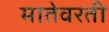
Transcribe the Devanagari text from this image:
मातेवरती